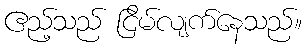
ဧည့်သည် ငြိမ်လျက်နေသည်။